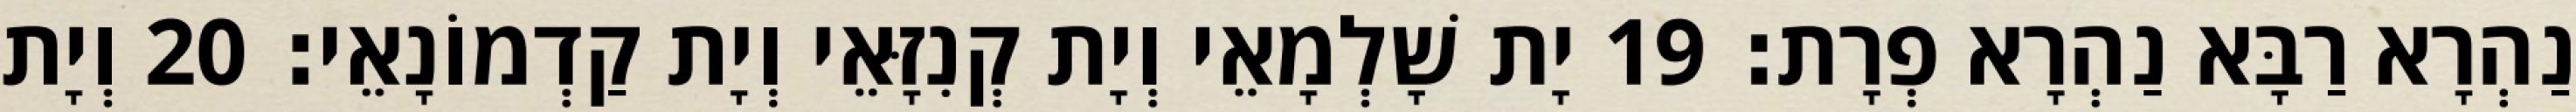
נַהְרָא רַבָּא נַהְרָא פְרָת׃ 19 יָת שָׁלְמָאֵי וְיָת קְנִזָּאֵי וְיָת קַדְמוֹנָאֵי׃ 20 וְיָת